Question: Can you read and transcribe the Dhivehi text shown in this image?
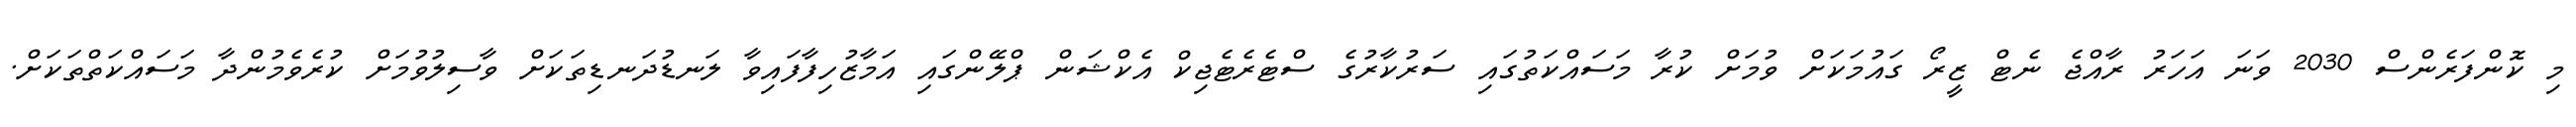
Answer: މި ކޮންފަރެންސް 2030 ވަނަ އަހަރު ރާއްޖެ ނެޓް ޒީރޯ ގައުމަކަށް ވުމަށް ކުރާ މަސައްކަތުގައި ސަރުކާރުގެ ސްޓެރެޓެޖިކް އެކްޝަން ޕްލޭންގައި އަމާޒުހިފާފައިވާ ލަނޑުދަނޑިތަކަށް ވާސިލުވުމަށް ކުރެވެމުންދާ މަސައްކަތްތަކަށް.